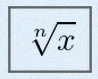
\sqrt[n]{x}